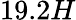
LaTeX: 19.2H